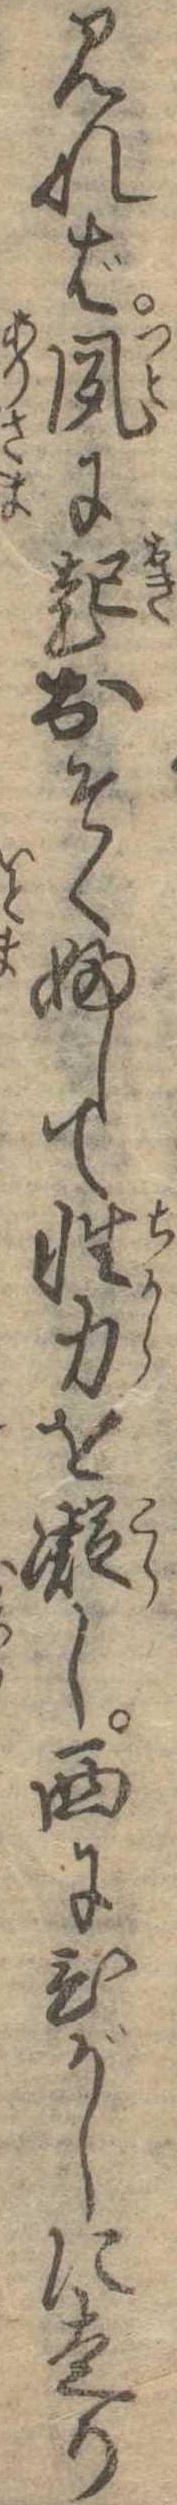
見れば夙に起おそくふして性力を凝し西にひがしに走り